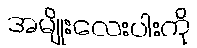
အမျိုးလေးပါးကို